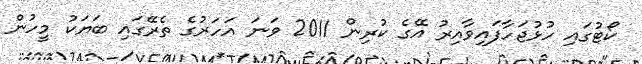
ކޯޓުގައި ހުޅުޖަހާފައިވާއިރު އޭގެ ކުރިން 2011 ވަނަ އަހަރުގެ ތެރޭގައި ބަޔަކު މީހުން